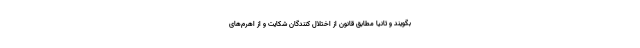
بگویند و ثانیا مطابق قانون از اختلال کنندگان شکایت و از اهرم‌های